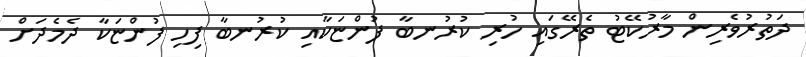
ދަތުރުވެރިން މާރުކޭޓު ތެރޭގައި ހުރި ކުރުނބާ ފުންޏަކާއި ކުރުނބާ ފިހި ފުންޏަކާ ދެމެދަށް